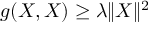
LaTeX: g ( X , X ) \geq \lambda \| X \| ^ { 2 }